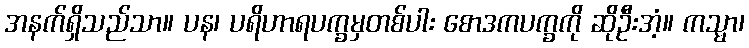
အနက်ရှိသည်သာ။ ပန၊ ပရိဟာရပက္ခမှတစ်ပါး စောဒကပက္ခကို ဆိုဦးအံ့။ ကသ္မာ၊